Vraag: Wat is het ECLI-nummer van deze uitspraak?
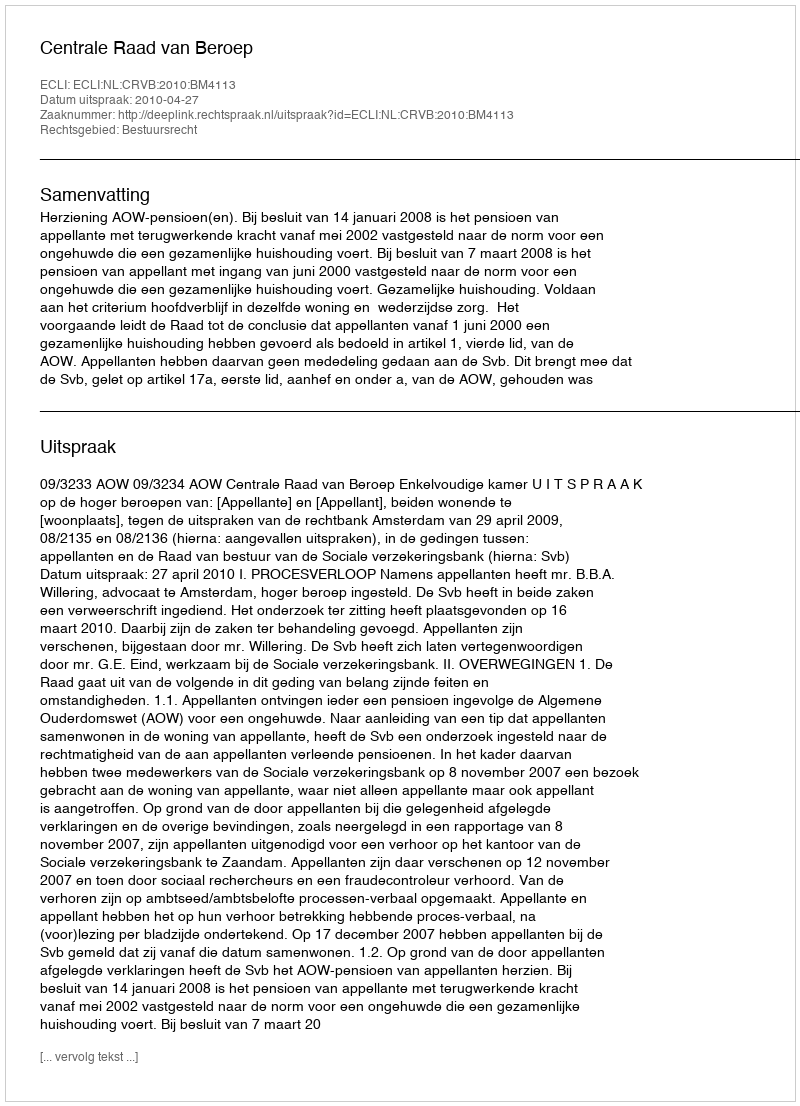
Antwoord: ECLI:NL:CRVB:2010:BM4113